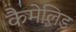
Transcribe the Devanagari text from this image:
कैमेलिड